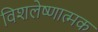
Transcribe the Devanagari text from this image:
विशलेष्णात्मक